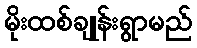
မိုးထစ်ချုန်းရွာမည်